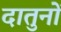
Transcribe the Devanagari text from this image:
दातुनों